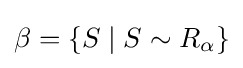
\beta =\{S\mid S\sim R_{\alpha }\}